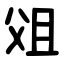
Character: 㸖